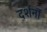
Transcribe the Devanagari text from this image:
दर्शनॊं